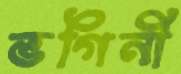
ভগিনী